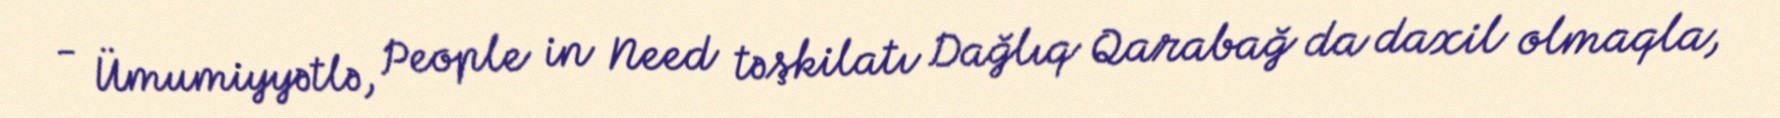
- Ümumiyyətlə, People in Need təşkilatı Dağlıq Qarabağ da daxil olmaqla,